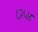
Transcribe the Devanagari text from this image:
८२५४